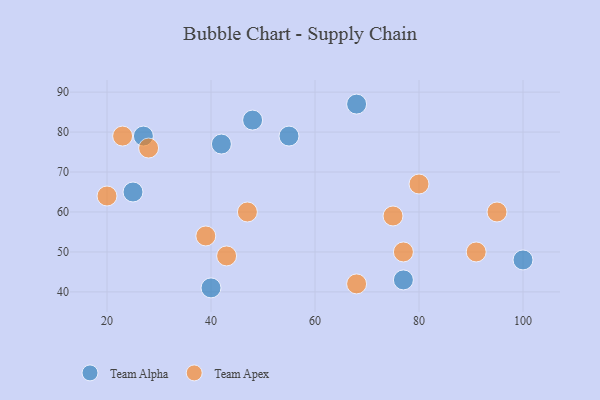
{"axis": {"x": "GDP", "y": "Life Expectancy"}, "legend": ["Team Alpha", "Team Apex"], "data": [{"x": "27", "y": 79, "type": "Team Alpha"}, {"x": "42", "y": 77, "type": "Team Alpha"}, {"x": "100", "y": 48, "type": "Team Alpha"}, {"x": "40", "y": 41, "type": "Team Alpha"}, {"x": "55", "y": 79, "type": "Team Alpha"}, {"x": "77", "y": 43, "type": "Team Alpha"}, {"x": "48", "y": 83, "type": "Team Alpha"}, {"x": "25", "y": 65, "type": "Team Alpha"}, {"x": "68", "y": 87, "type": "Team Alpha"}, {"x": "68", "y": 42, "type": "Team Apex"}, {"x": "80", "y": 67, "type": "Team Apex"}, {"x": "28", "y": 76, "type": "Team Apex"}, {"x": "43", "y": 49, "type": "Team Apex"}, {"x": "23", "y": 79, "type": "Team Apex"}, {"x": "75", "y": 59, "type": "Team Apex"}, {"x": "47", "y": 60, "type": "Team Apex"}, {"x": "77", "y": 50, "type": "Team Apex"}, {"x": "39", "y": 54, "type": "Team Apex"}, {"x": "91", "y": 50, "type": "Team Apex"}, {"x": "95", "y": 60, "type": "Team Apex"}, {"x": "20", "y": 64, "type": "Team Apex"}]}